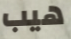
هيب